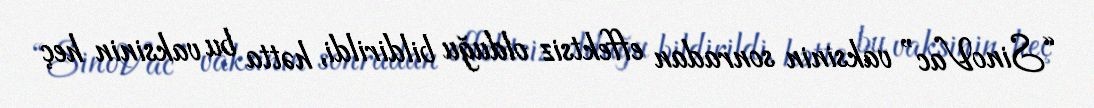
“SinoVac” vaksinin sonradan effektsiz olduğu bildirildi, hətta bu vaksinin heç